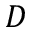
D